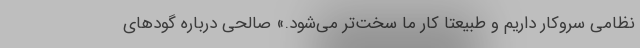
نظامی سروکار داریم و طبیعتا کار ما سخت‌تر می‌شود.» صالحی درباره گودهای